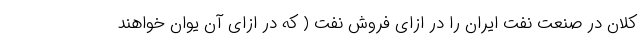
کلان در صنعت نفت ایران را در ازای فروش نفت ( که در ازای آن یوان خواهند